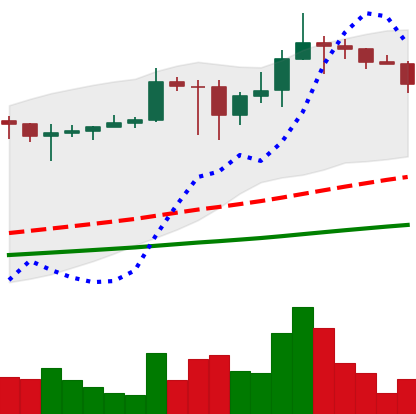
Ticker: ADA-USD
Chart end date: 2021-03-04
Forward return: 7.202%
Label: up_7plus